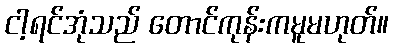
ငါ့ရင်အုံသည် တောင်ကုန်းကမူမဟုတ်။